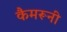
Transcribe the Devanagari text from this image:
कैमरूनी